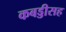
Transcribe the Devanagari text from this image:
कबड्डीसह